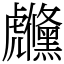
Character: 虪